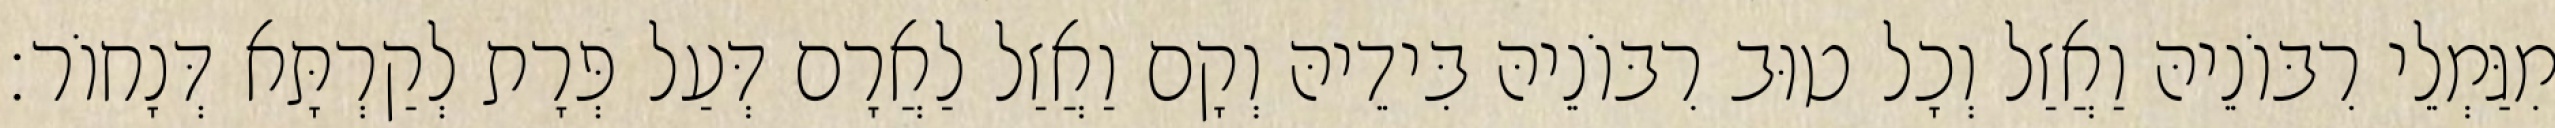
מִגַּמְלֵי רִבּוֹנֵיהּ וַאֲזַל וְכָל טוּב רִבּוֹנֵיהּ בִּידֵיהּ וְקָם וַאֲזַל לַאֲרָם דְּעַל פְּרָת לְקַרְתָּא דְּנָחוֹר׃